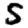
Digit: 5